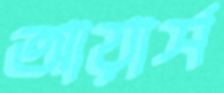
আয়ার্স